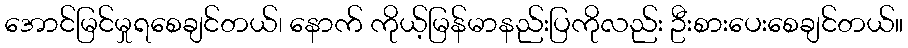
အောင်မြင်မှုရစေချင်တယ်၊ နောက် ကိုယ့်မြန်မာနည်းပြကိုလည်း ဦးစားပေးစေချင်တယ်။